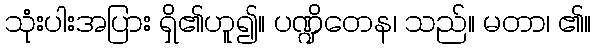
သုံးပါးအပြား ရှိ၏ဟူ၍။ ပဏ္ဍိတေန၊ သည်။ မတာ၊ ၏။